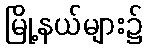
မြို့နယ်များ၌